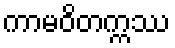
ကာမဝိတက္ကဿ